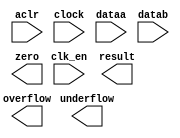
// megafunction wizard: %ALTFP_MULT%VBB%
// GENERATION: STANDARD
// VERSION: WM1.0
// MODULE: ALTFP_MULT 

// ============================================================
// Megafunction Name(s):
// 			ALTFP_MULT
//
// Simulation Library Files(s):
// 			lpm
// ============================================================
// ************************************************************
// THIS IS A WIZARD-GENERATED FILE. DO NOT EDIT THIS FILE!
//
// 17.1.0 Build 590 10/25/2017 SJ Lite Edition
// ************************************************************

//Copyright (C) 2017  Intel Corporation. All rights reserved.
//Your use of Intel Corporation's design tools, logic functions 
//and other software and tools, and its AMPP partner logic 
//functions, and any output files from any of the foregoing 
//(including device programming or simulation files), and any 
//associated documentation or information are expressly subject 
//to the terms and conditions of the Intel Program License 
//Subscription Agreement, the Intel Quartus Prime License Agreement,
//the Intel FPGA IP License Agreement, or other applicable license
//agreement, including, without limitation, that your use is for
//the sole purpose of programming logic devices manufactured by
//Intel and sold by Intel or its authorized distributors.  Please
//refer to the applicable agreement for further details.

module fpmult (
	aclr,
	clk_en,
	clock,
	dataa,
	datab,
	overflow,
	result,
	underflow,
	zero)/* synthesis synthesis_clearbox = 1 */;

	input	  aclr;
	input	  clk_en;
	input	  clock;
	input	[31:0]  dataa;
	input	[31:0]  datab;
	output	  overflow;
	output	[31:0]  result;
	output	  underflow;
	output	  zero;

endmodule

// ============================================================
// CNX file retrieval info
// ============================================================
// Retrieval info: LIBRARY: altera_mf altera_mf.altera_mf_components.all
// Retrieval info: PRIVATE: FPM_FORMAT STRING "Single"
// Retrieval info: PRIVATE: INTENDED_DEVICE_FAMILY STRING "Cyclone V"
// Retrieval info: CONSTANT: DEDICATED_MULTIPLIER_CIRCUITRY STRING "YES"
// Retrieval info: CONSTANT: DENORMAL_SUPPORT STRING "NO"
// Retrieval info: CONSTANT: EXCEPTION_HANDLING STRING "NO"
// Retrieval info: CONSTANT: INTENDED_DEVICE_FAMILY STRING "UNUSED"
// Retrieval info: CONSTANT: LPM_HINT STRING "UNUSED"
// Retrieval info: CONSTANT: LPM_TYPE STRING "altfp_mult"
// Retrieval info: CONSTANT: PIPELINE NUMERIC "5"
// Retrieval info: CONSTANT: REDUCED_FUNCTIONALITY STRING "NO"
// Retrieval info: CONSTANT: ROUNDING STRING "TO_NEAREST"
// Retrieval info: CONSTANT: WIDTH_EXP NUMERIC "8"
// Retrieval info: CONSTANT: WIDTH_MAN NUMERIC "23"
// Retrieval info: USED_PORT: aclr 0 0 0 0 INPUT NODEFVAL "aclr"
// Retrieval info: CONNECT: @aclr 0 0 0 0 aclr 0 0 0 0
// Retrieval info: USED_PORT: clk_en 0 0 0 0 INPUT NODEFVAL "clk_en"
// Retrieval info: CONNECT: @clk_en 0 0 0 0 clk_en 0 0 0 0
// Retrieval info: USED_PORT: clock 0 0 0 0 INPUT NODEFVAL "clock"
// Retrieval info: CONNECT: @clock 0 0 0 0 clock 0 0 0 0
// Retrieval info: USED_PORT: dataa 0 0 32 0 INPUT NODEFVAL "dataa[31..0]"
// Retrieval info: CONNECT: @dataa 0 0 32 0 dataa 0 0 32 0
// Retrieval info: USED_PORT: datab 0 0 32 0 INPUT NODEFVAL "datab[31..0]"
// Retrieval info: CONNECT: @datab 0 0 32 0 datab 0 0 32 0
// Retrieval info: USED_PORT: overflow 0 0 0 0 OUTPUT NODEFVAL "overflow"
// Retrieval info: CONNECT: overflow 0 0 0 0 @overflow 0 0 0 0
// Retrieval info: USED_PORT: result 0 0 32 0 OUTPUT NODEFVAL "result[31..0]"
// Retrieval info: CONNECT: result 0 0 32 0 @result 0 0 32 0
// Retrieval info: USED_PORT: underflow 0 0 0 0 OUTPUT NODEFVAL "underflow"
// Retrieval info: CONNECT: underflow 0 0 0 0 @underflow 0 0 0 0
// Retrieval info: USED_PORT: zero 0 0 0 0 OUTPUT NODEFVAL "zero"
// Retrieval info: CONNECT: zero 0 0 0 0 @zero 0 0 0 0
// Retrieval info: GEN_FILE: TYPE_NORMAL fpmult.v TRUE FALSE
// Retrieval info: GEN_FILE: TYPE_NORMAL fpmult.qip TRUE FALSE
// Retrieval info: GEN_FILE: TYPE_NORMAL fpmult.bsf TRUE TRUE
// Retrieval info: GEN_FILE: TYPE_NORMAL fpmult_inst.v TRUE TRUE
// Retrieval info: GEN_FILE: TYPE_NORMAL fpmult_bb.v TRUE TRUE
// Retrieval info: GEN_FILE: TYPE_NORMAL fpmult.inc TRUE TRUE
// Retrieval info: GEN_FILE: TYPE_NORMAL fpmult.cmp TRUE TRUE
// Retrieval info: LIB_FILE: lpm